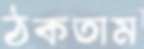
ঠকতাম